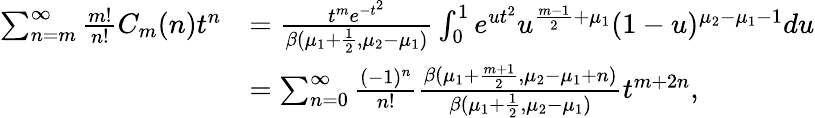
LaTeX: \begin{array}{rl}{\sum_{n=m}^{\infty}\frac{m!}{n!}C_{m}(n)t^{n}}&{={\frac{t^{m}e^{-t^{2}}}{\beta(\mu_{1}+\frac{1}{2},\mu_{2}-\mu_{1})}}\int_{0}^{1}e^{ut^{2}}u^{\frac{m-1}{2}+\mu_{1}}(1-u)^{\mu_{2}-\mu_{1}-1}du}\\ &{=\sum_{n=0}^{\infty}{\frac{(-1)^{n}}{n!}}{\frac{\beta(\mu_{1}+\frac{m+1}{2},\mu_{2}-\mu_{1}+n)}{\beta(\mu_{1}+\frac{1}{2},\mu_{2}-\mu_{1})}}t^{m+2n},}\end{array}